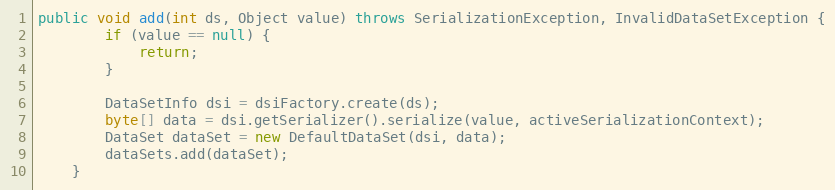
Language: Java
public void add(int ds, Object value) throws SerializationException, InvalidDataSetException {
		if (value == null) {
			return;
		}

		DataSetInfo dsi = dsiFactory.create(ds);
		byte[] data = dsi.getSerializer().serialize(value, activeSerializationContext);
		DataSet dataSet = new DefaultDataSet(dsi, data);
		dataSets.add(dataSet);
	}